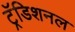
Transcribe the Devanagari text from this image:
ट्रॅडिशनल